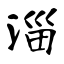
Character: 淄